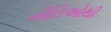
નીતિઓથી